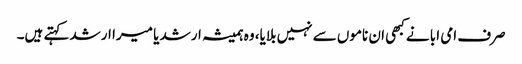
صرف امی ابا نے کبھی ان ناموں سے نہیں بلایا، وہ ہمیشہ ارشد یا میرا ارشد کہتے ہیں۔